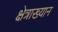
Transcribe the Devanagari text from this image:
क्षेत्राख्यान